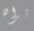
تراه